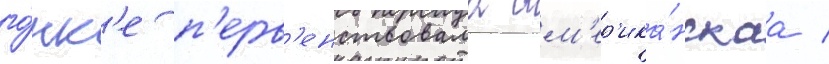
го́нк'е п'ерв'енствовала ам'ер'ика́нскаа /